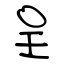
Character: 呈